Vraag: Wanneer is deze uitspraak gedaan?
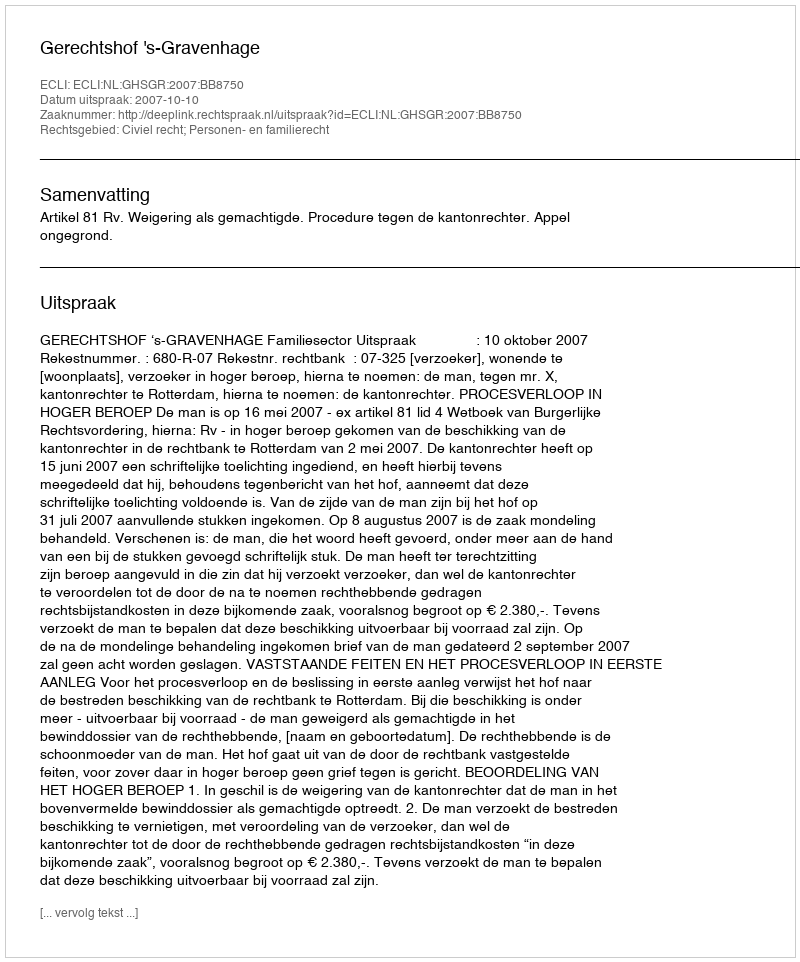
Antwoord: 2007-10-10